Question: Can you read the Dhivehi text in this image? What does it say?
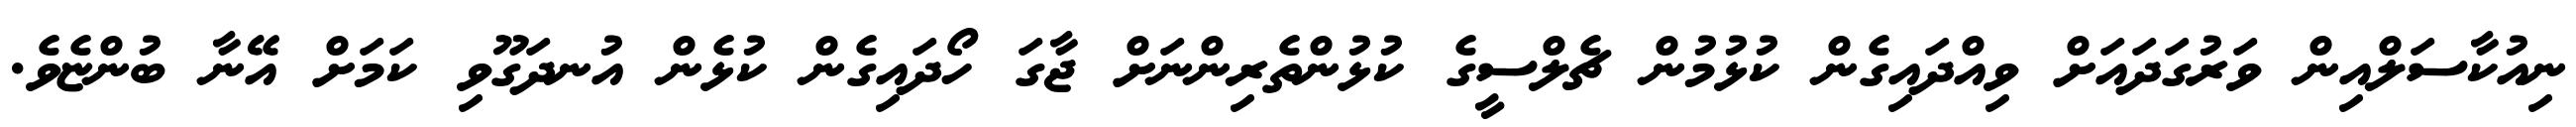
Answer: ނިއުކާސަލްއިން ވަރުގަދައަށް ވިއްދައިގެން ކުޅުމުން ޗެލްސީގެ ކުޅުންތެރިންނަށް ޖާގަ ހޯދައިގެން ކުޅެން އުނދަގޫވި ކަމަށް އޭނާ ބުންޏެވެ.